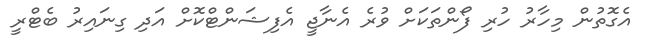
އެގޮތުން މިހާރު ހުރި ފޯންތަކަށް ވުރެ އެނާޖީ އެފިޝަންޓްކޮށް އަދި ގިނައިރު ބެޓްރީ